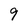
Character: 9